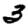
Digit: 3